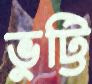
ভুট্টি